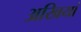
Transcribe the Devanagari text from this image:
अखियां